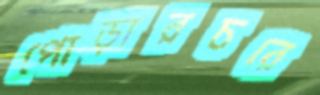
পোড়ারচরে